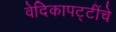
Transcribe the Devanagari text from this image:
वेदिकापट्टींचे